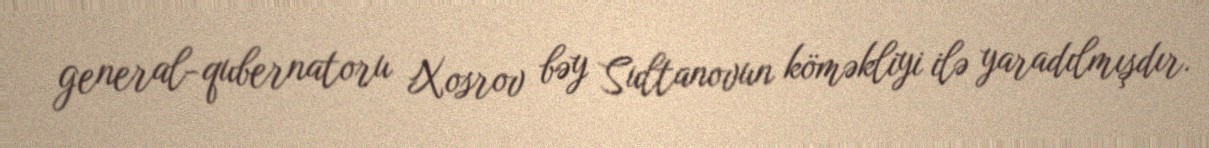
general-qubernatoru Xosrov bəy Sultanovun köməkliyi ilə yaradılmışdır.